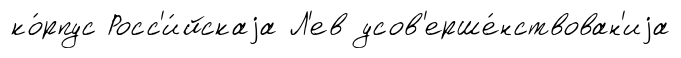
ко́рпус Росс'и́йскаjа Л'ев усов'ерше́нствован'иjа